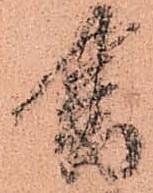
書